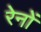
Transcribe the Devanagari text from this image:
रेनों